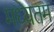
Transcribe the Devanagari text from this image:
मध्यतम